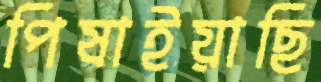
পিষাইয়াছি